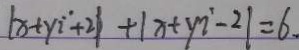
\vert x + y i ^ { \cdot } + 2 \vert + \vert x + y i - 2 \vert = 6 .